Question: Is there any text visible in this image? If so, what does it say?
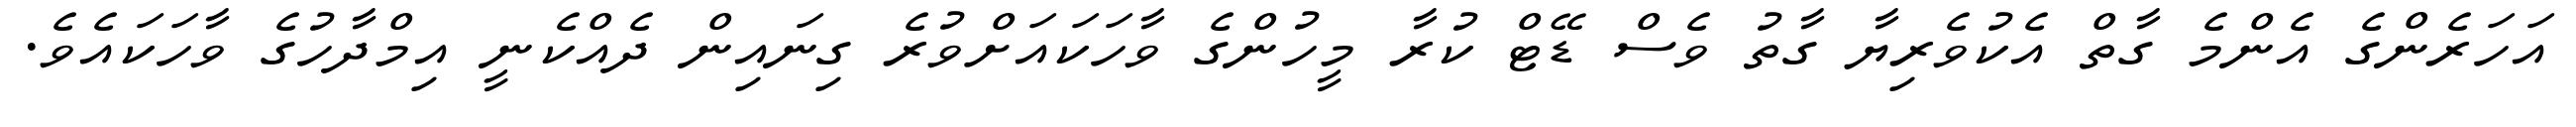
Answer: އަހަރެންގެ އެންމެ ގާތް އެކުވެރިޔާ ގާތު ވެސް ޑޭޓް ކުރާ މީހުންގެ ވާހަކައަށްވުރެ ގިނައިން ދެއްކެނީ އިމްދާހުގެ ވާހަކައެވެ.